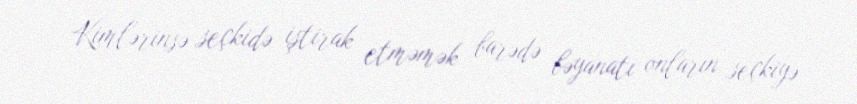
Kimlərinsə seçkidə iştirak etməmək barədə bəyanatı onların seçkiyə